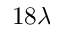
1 8 \lambda